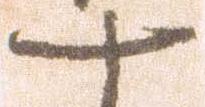
十